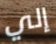
إلي